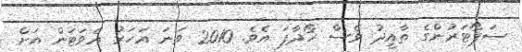
ސަޕޯޓަރުންގެ ތާއީދު ވެސް ހޯދާފަ އެވެ. 2010 ވަނަ އަހަރު އެވަޓަން އަށް